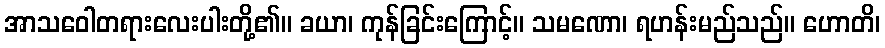
အာသဝေါတရားလေးပါးတို့၏။ ခယာ၊ ကုန်ခြင်းကြောင့်။ သမဏော၊ ရဟန်းမည်သည်။ ဟောတိ၊